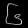
Digit: ၆